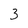
Character: 3